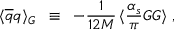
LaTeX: \langle \overline { { { q } } } q \rangle _ { G } \; \; \equiv \; \; - \frac { 1 } { 1 2 M } \, \langle \frac { \alpha _ { s } } { \pi } G G \rangle \ ,